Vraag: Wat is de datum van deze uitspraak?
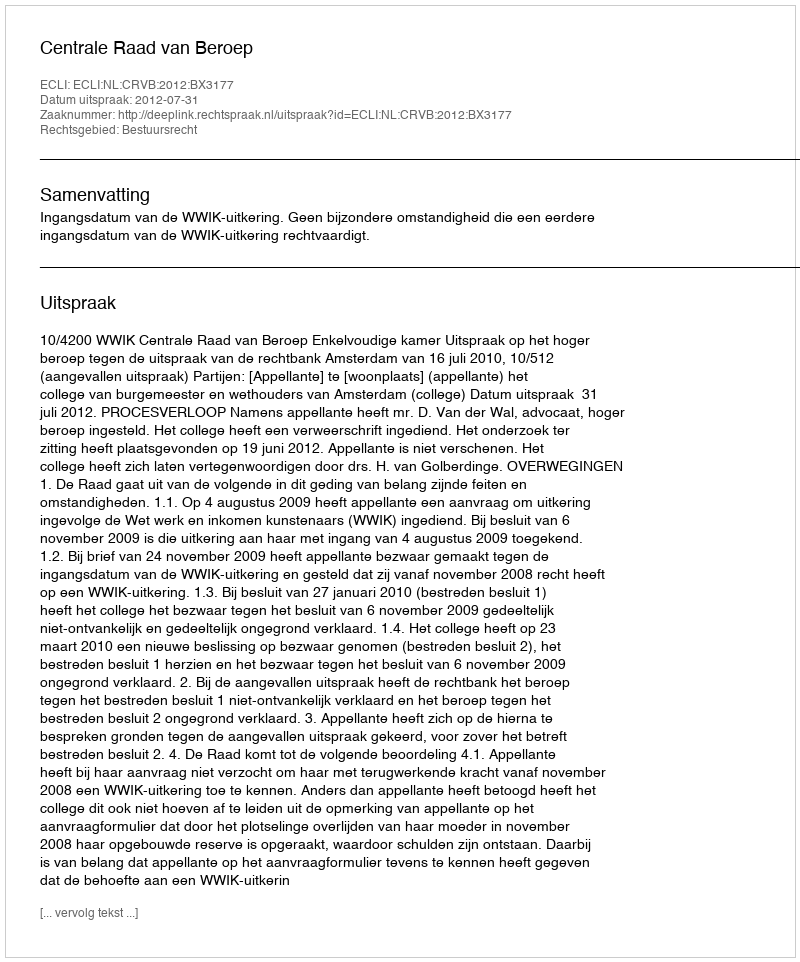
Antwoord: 2012-07-31